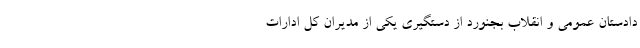
دادستان عمومی و انقلاب بجنورد از دستگیری یکی از مدیران‌ کل ادارات